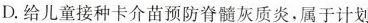
D.给儿童接种卡介苗预防脊髓灰质炎，属于计划